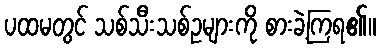
ပထမတွင် သစ်သီးသစ်ဥများကို စားခဲ့ကြရ၏။